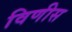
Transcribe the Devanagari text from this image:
विणीस